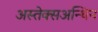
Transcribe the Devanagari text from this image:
अस्तेक्सअन्थिन